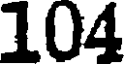
104